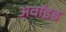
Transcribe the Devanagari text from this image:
अवॉइड